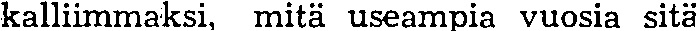
kalliimmaksi, mitä useampia vuosia sitä